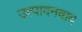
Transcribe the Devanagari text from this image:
उत्पादनवाद